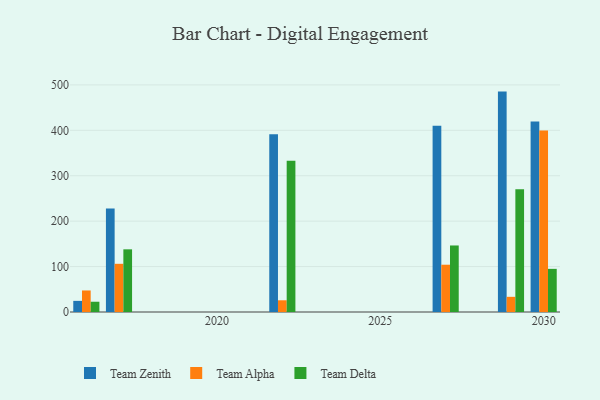
{"axis": {"x": "Year", "y": "Tickets Resolved"}, "legend": ["Team Alpha", "Team Delta", "Team Zenith"], "data": [{"x": "2017", "y": 228.0, "type": "Team Zenith"}, {"x": "2017", "y": 106.1, "type": "Team Alpha"}, {"x": "2017", "y": 138.0, "type": "Team Delta"}, {"x": "2030", "y": 419.7, "type": "Team Zenith"}, {"x": "2030", "y": 399.5, "type": "Team Alpha"}, {"x": "2030", "y": 95.0, "type": "Team Delta"}, {"x": "2029", "y": 485.3, "type": "Team Zenith"}, {"x": "2029", "y": 33.4, "type": "Team Alpha"}, {"x": "2029", "y": 270.4, "type": "Team Delta"}, {"x": "2022", "y": 391.3, "type": "Team Zenith"}, {"x": "2022", "y": 25.8, "type": "Team Alpha"}, {"x": "2022", "y": 332.8, "type": "Team Delta"}, {"x": "2027", "y": 409.9, "type": "Team Zenith"}, {"x": "2027", "y": 104.1, "type": "Team Alpha"}, {"x": "2027", "y": 146.5, "type": "Team Delta"}, {"x": "2016", "y": 24.5, "type": "Team Zenith"}, {"x": "2016", "y": 47.4, "type": "Team Alpha"}, {"x": "2016", "y": 22.6, "type": "Team Delta"}]}